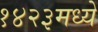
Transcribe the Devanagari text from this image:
१४२३मध्ये